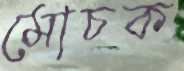
মোচক